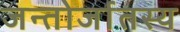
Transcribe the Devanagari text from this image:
जन्तोर्जातस्य